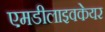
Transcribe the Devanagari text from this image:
एमडीलाइवकेयर